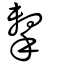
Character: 擊